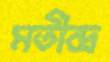
মতীন্দ্র